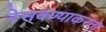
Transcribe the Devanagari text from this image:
नेसवण्याकरता